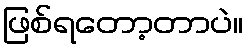
ဖြစ်ရတော့တာပဲ။